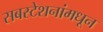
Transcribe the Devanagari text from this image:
सबस्टेशनांमधून